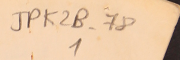
JPK2B-78			1